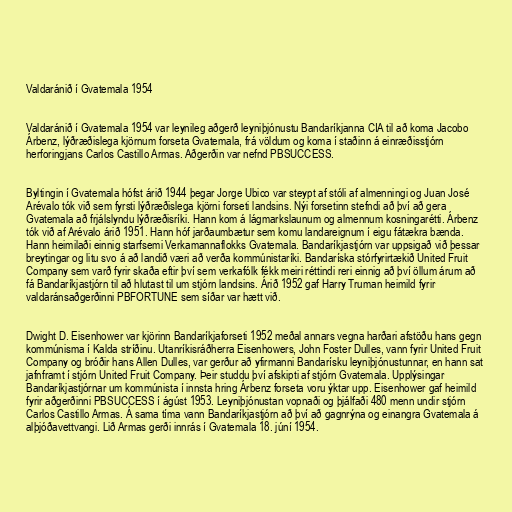
Valdaránið í Gvatemala 1954

Valdaránið í Gvatemala 1954 var leynileg aðgerð leyniþjónustu Bandaríkjanna CIA til að koma Jacobo
Árbenz, lýðræðislega kjörnum forseta Gvatemala, frá völdum og koma í staðinn á einræðisstjórn
herforingjans Carlos Castillo Armas. Aðgerðin var nefnd PBSUCCESS.

Byltingin í Gvatemala hófst árið 1944 þegar Jorge Ubico var steypt af stóli af almenningi og Juan José
Arévalo tók við sem fyrsti lýðræðislega kjörni forseti landsins. Nýi forsetinn stefndi að því að gera
Gvatemala að frjálslyndu lýðræðisríki. Hann kom á lágmarkslaunum og almennum kosningarétti. Árbenz
tók við af Arévalo árið 1951. Hann hóf jarðaumbætur sem komu landareignum í eigu fátækra bænda.
Hann heimilaði einnig starfsemi Verkamannaflokks Gvatemala. Bandaríkjastjórn var uppsigað við þessar
breytingar og litu svo á að landið væri að verða kommúnistaríki. Bandaríska stórfyrirtækið United Fruit
Company sem varð fyrir skaða eftir því sem verkafólk fékk meiri réttindi reri einnig að því öllum árum að
fá Bandaríkjastjórn til að hlutast til um stjórn landsins. Árið 1952 gaf Harry Truman heimild fyrir
valdaránsaðgerðinni PBFORTUNE sem síðar var hætt við.

Dwight D. Eisenhower var kjörinn Bandaríkjaforseti 1952 meðal annars vegna harðari afstöðu hans gegn
kommúnisma í Kalda stríðinu. Utanríkisráðherra Eisenhowers, John Foster Dulles, vann fyrir United Fruit
Company og bróðir hans Allen Dulles, var gerður að yfirmanni Bandarísku leyniþjónustunnar, en hann sat
jafnframt í stjórn United Fruit Company. Þeir studdu því afskipti af stjórn Gvatemala. Upplýsingar
Bandaríkjastjórnar um kommúnista í innsta hring Árbenz forseta voru ýktar upp. Eisenhower gaf heimild
fyrir aðgerðinni PBSUCCESS í ágúst 1953. Leyniþjónustan vopnaði og þjálfaði 480 menn undir stjórn
Carlos Castillo Armas. Á sama tíma vann Bandaríkjastjórn að því að gagnrýna og einangra Gvatemala á
alþjóðavettvangi. Lið Armas gerði innrás í Gvatemala 18. júní 1954.